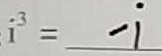
i ^ { 3 } = - i